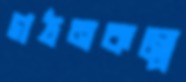
গঠনকল্পে